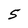
Character: 5